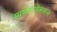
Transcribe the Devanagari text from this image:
स्प्रर्शमात्रेंकरून